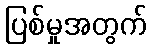
ပြစ်မှုအတွက်